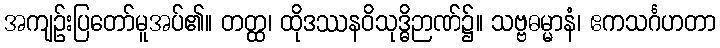
အကျဉ်းပြတော်မူအပ်၏။ တတ္ထ၊ ထိုဒဿနဝိသုဒ္ဓိဉာဏ်၌။ သဗ္ဗဓမ္မာနံ၊ ဧကသင်္ဂဟတာ